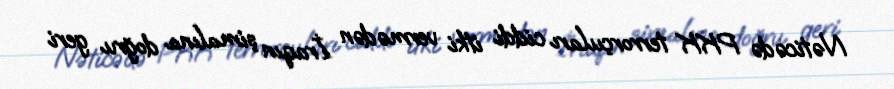
Nəticədə PKK terrorçuları ciddi itki vermədən İraqın şimalına doğru geri